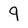
Character: q